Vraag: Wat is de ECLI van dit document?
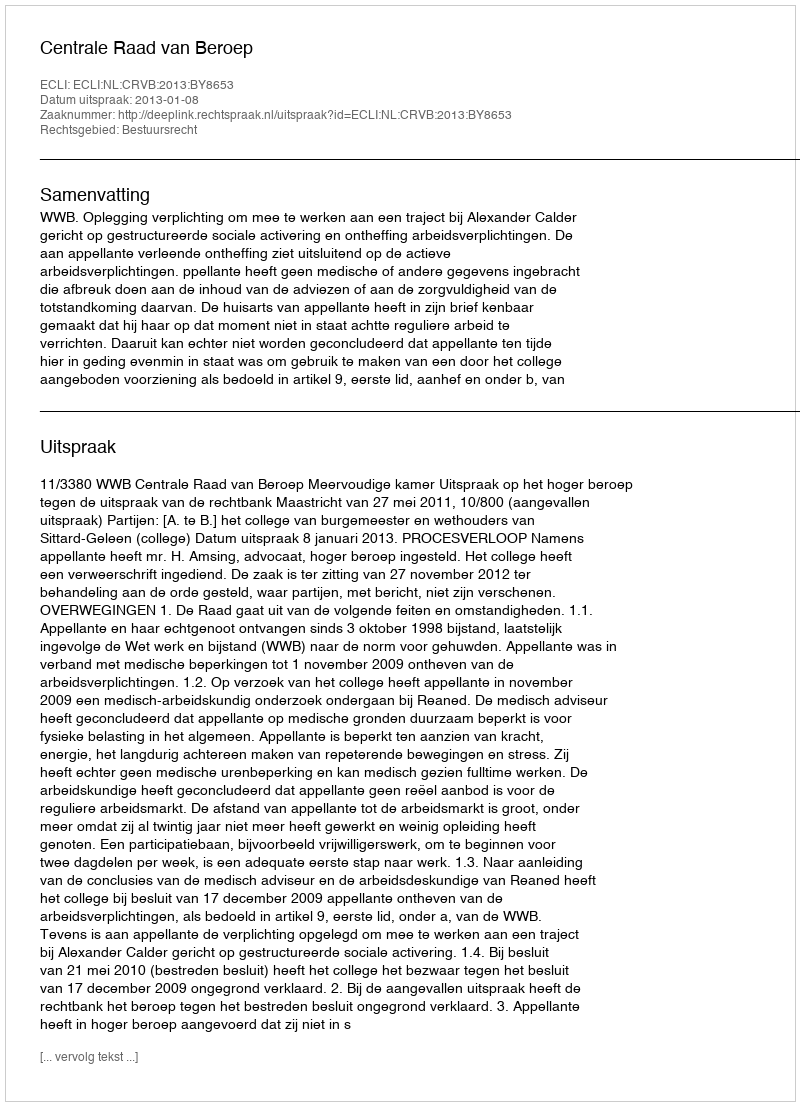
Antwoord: ECLI:NL:CRVB:2013:BY8653